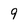
Character: 9